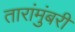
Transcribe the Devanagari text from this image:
तारांमुंबरी